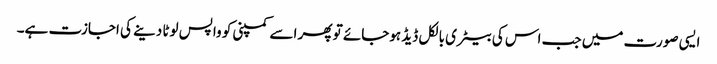
ایسی صورت میں جب اس کی بیٹری بالکل ڈیڈ ہوجائے تو پھر اسے کمپنی کو واپس لوٹا دینے کی اجازت ہے۔